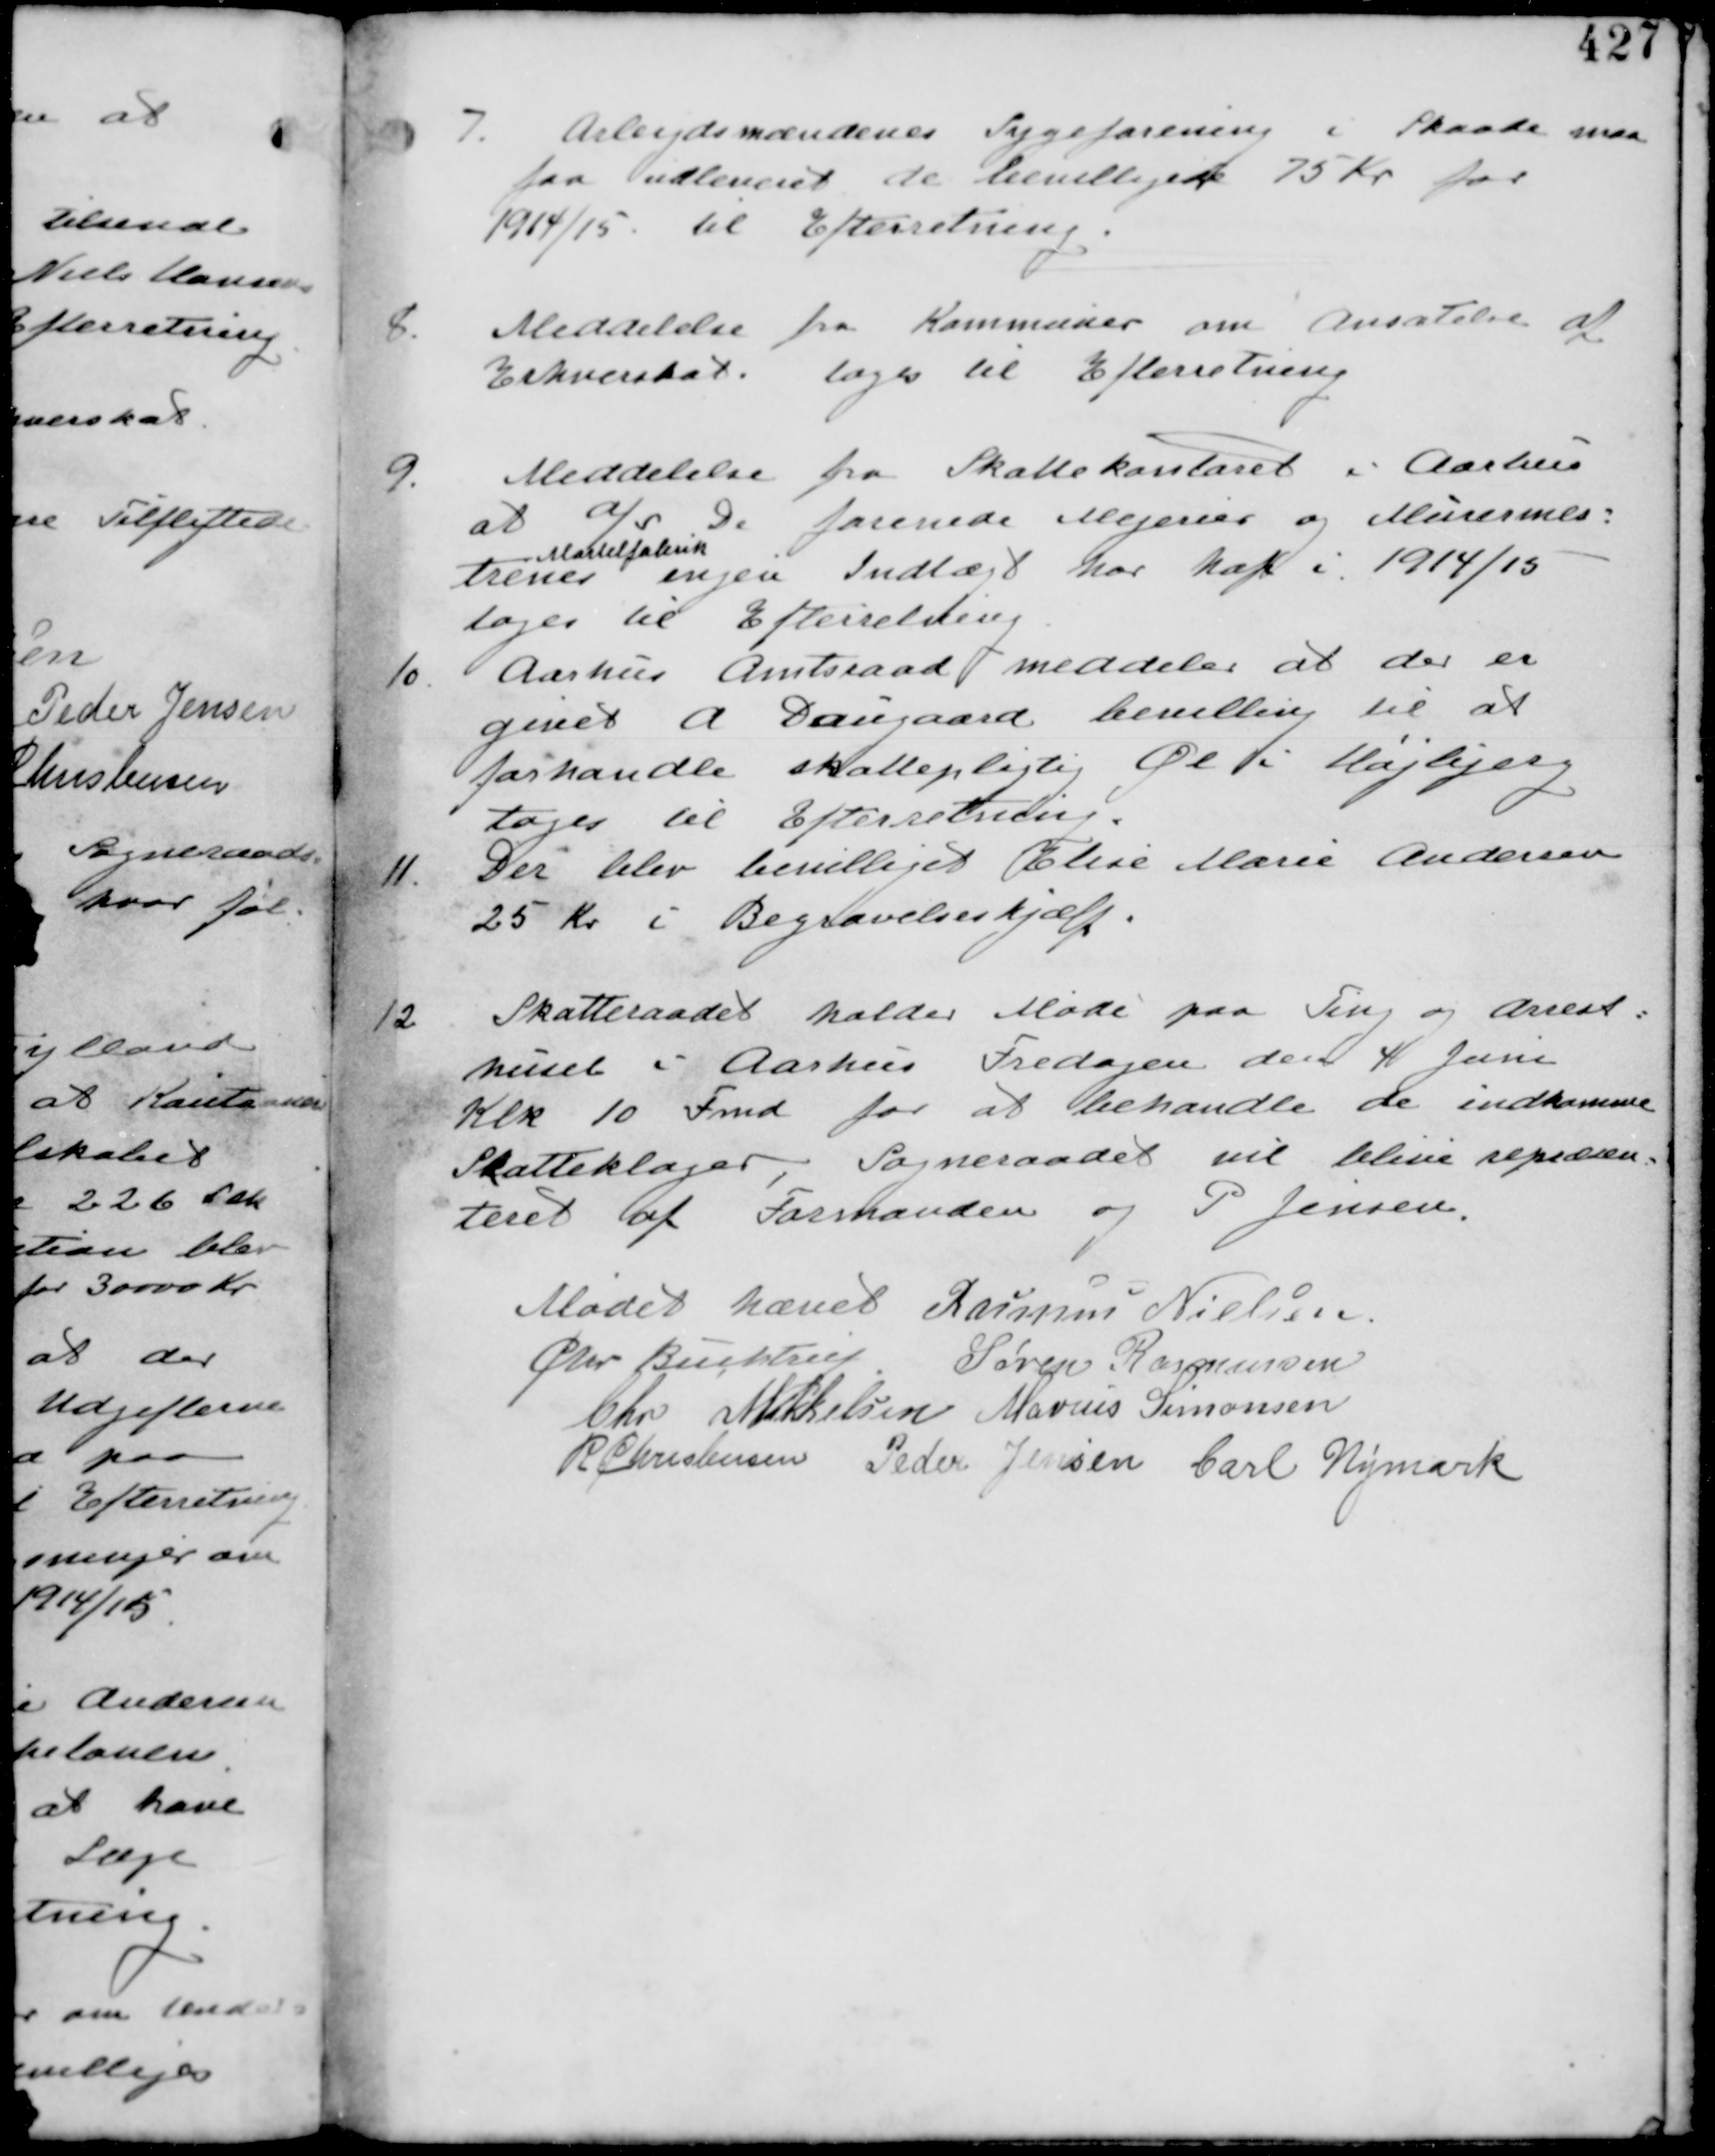
Transskription:
7. Arbejdsmændenes Sygeforening i Skaade maa
faa udleveret de bevilligede 75 Kr for
1914/15 til Efterretning.

8.
Meddelelse fra Kommuner om ansætelse af
Erhvervskat. tages til Efterretning

9.
Meddelelse fra Skattekontoret i Aarhus
at a/s De forenede Mejerier og Murermes-
trenes
Mørtelfabrik
ingen Indtægt har haft i 1914/15
tages til Efterretning

10. Aarhus Amtsraad meddeler at der er
givet A Daugaard bevilling til at
forhandle skattepligtig Øl i Højbjerg
tages til Efterretning.

11. Der blev bevilliget Elise Marie Andersen
25 Kr i Begravelseshjælp.

12. Skatteraadet holder Møde paa Ting og Arrest-
huset i Aarhus Fredagen den 4 Juni
Klk 10 Fmd for at behandle de indkomne
Skatteklager, Sogneraadet vil blive repræsen
teret af Formanden og P Jensen.

Mødet hævet Rasmus Nielsen
Chr Buchtrup Søren Rasmussen
Chr Mikkelsen Marius Simonsen
R Christensen Peder Jensen Carl Nymark